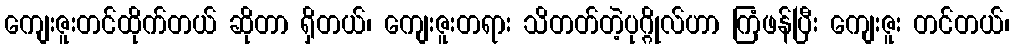
ကျေးဇူးတင်ထိုက်တယ် ဆိုတာ ရှိတယ်၊ ကျေးဇူးတရား သိတတ်တဲ့ပုဂ္ဂိုလ်ဟာ ကြံဖန်ပြီး ကျေးဇူး တင်တယ်၊